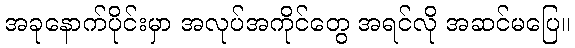
အခုနောက်ပိုင်းမှာ အလုပ်အကိုင်တွေ အရင်လို အဆင်မပြေ။